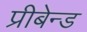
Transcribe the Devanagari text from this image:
प्रीबेन्ड